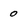
Character: 0